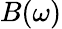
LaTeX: B(\omega)